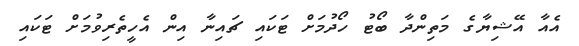
އެއާ އޭޝިޔާގެ މަތިންދާ ބޯޓު ހޯދުމަށް ޓަކައި ޗައިނާ އިން އެހީތެރިވުމަށް ޓަކައި